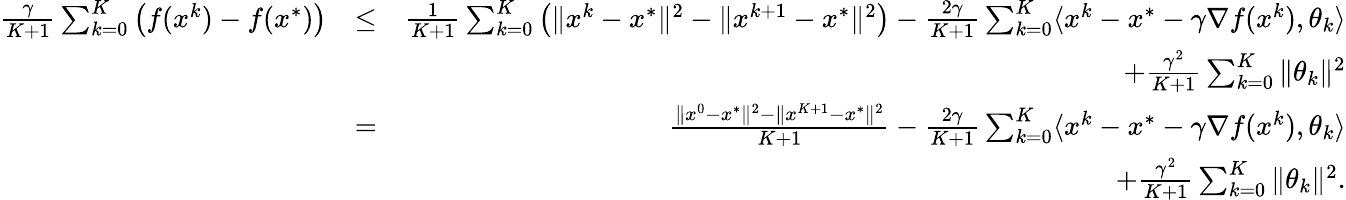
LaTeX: \begin{array}{rlr}{\frac{\gamma}{K+1}\sum_{k=0}^{K}\left(f(x^{k})-f(x^{*})\right)}&{\leq}&{\frac{1}{K+1}\sum_{k=0}^{K}\left(\| x^{k}-x^{*}\| ^{2}-\| x^{k+1}-x^{*}\| ^{2}\right)-\frac{2\gamma}{K+1}\sum_{k=0}^{K}\langle x^{k}-x^{*}-\gamma\nabla f(x^{k}),\theta_{k}\rangle}\\ &{}&{\quad+\frac{\gamma^{2}}{K+1}\sum_{k=0}^{K}\| \theta_{k}\| ^{2}}\\ &{=}&{\frac{\| x^{0}-x^{*}\| ^{2}-\| x^{K+1}-x^{*}\| ^{2}}{K+1}-\frac{2\gamma}{K+1}\sum_{k=0}^{K}\langle x^{k}-x^{*}-\gamma\nabla f(x^{k}),\theta_{k}\rangle}\\ &{}&{\quad+\frac{\gamma^{2}}{K+1}\sum_{k=0}^{K}\| \theta_{k}\| ^{2}.}\end{array}